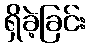
ရှိခဲ့ခြင်း